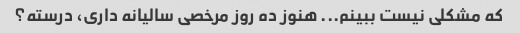
که مشکلی نیست ببینم... هنوز ده روز مرخصی سالیانه داری، درسته؟